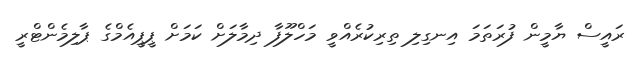
ރައީސް ޔާމީން ފުރަތަމަ އިނގިލި ތިރިކުރެއްވީ މަހްލޫފާ ދިމާލަށް ކަމަށް ޕީޕީއެމްގެ ޕާލިމެންޓްރީ